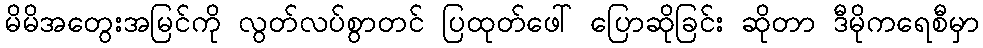
မိမိအတွေးအမြင်ကို လွတ်လပ်စွာတင် ပြထုတ်ဖေါ် ပြောဆိုခြင်း ဆိုတာ ဒီမိုကရေစီမှာ